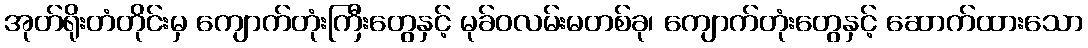
အုတ်ရိုးတံတိုင်းမှ ကျောက်တုံးကြီးတွေနှင့် မုခ်ဝလမ်းမတစ်ခု၊ ကျောက်တုံးတွေနှင့် ဆောက်ထားသော